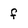
Character: f